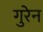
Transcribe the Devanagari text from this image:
गुरेन